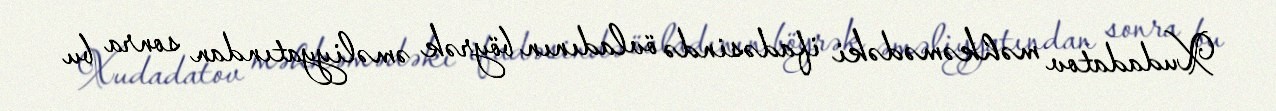
Xudadatov məhkəmədəki ifadəsində övladının böyrək əməliyyatından sonra bu